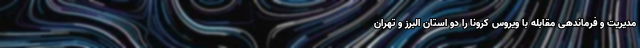
مدیریت و فرماندهی مقابله با ویروس کرونا را دو استان البرز و تهران